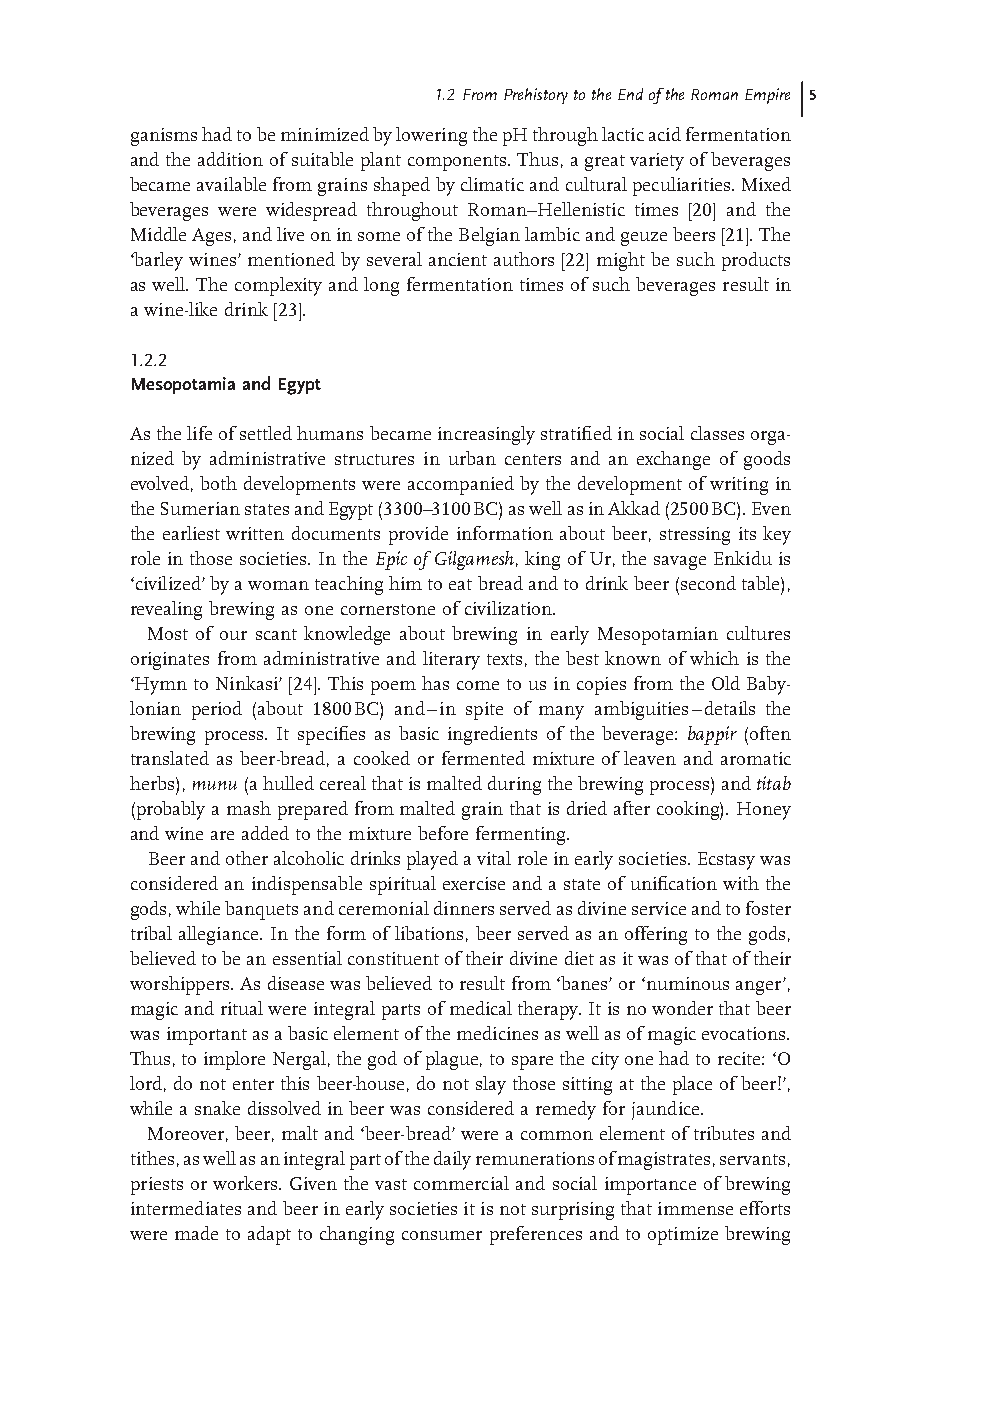
1.2 From Prehistory to the End of the Roman Empire 5
 ganisms had to be minimized by lowering the pH through lactic acid fermentation
 and the addition of suitable plant components. Thus, a great variety of beverages
 became available from grains shaped by climatic and cultural peculiarities. Mixed
 beverages were widespread throughout Roman– Hellenistic times [20] and the
 Middle Ages, and live on in some of the Belgian lambic and geuze beers [ 21] . The
 ‘ barley wines’ mentioned by several ancient authors [ 22] might be such products
 as well. The complexity and long fermentation times of such beverages result in
 a wine - like drink [23] .
 1.2.2
 Mesopotamia and Egypt
 As the life of settled humans became increasingly stratifi ed in social classes orga-
 nized by administrative structures in urban centers and an exchange of goods
 evolved, both developments were accompanied by the development of writing in
 the Sumerian states and Egypt (3300 – 3100 BC) as well as in Akkad (2500 BC). Even
 the earliest written documents provide information about beer, stressing its key
 role in those societies. In the E pic of Gilgamesh , king of Ur, the savage Enkidu is
 ‘ civilized ’ by a woman teaching him to eat bread and to drink beer (second table),
 revealing brewing as one cornerstone of civilization.
 Most of our scant knowledge about brewing in early Mesopotamian cultures
 originates from administrative and literary texts, the best known of which is the
 ‘ Hymn to Ninkasi’ [24] . This poem has come to us in copies from the Old Baby-
 lonian period (about 1800 BC) and – in spite of many ambiguities – details the
 brewing process. It specifi es as basic ingredients of the beverage: b appir (often
 translated as beer - bread, a cooked or fermented mixture of leaven and aromatic
 herbs), munu (a hulled cereal that is malted during the brewing process) and t itab
 (probably a mash prepared from malted grain that is dried after cooking). Honey
 and wine are added to the mixture before fermenting.
 Beer and other alcoholic drinks played a vital role in early societies. Ecstasy was
 considered an indispensable spiritual exercise and a state of unifi cation with the
 gods, while banquets and ceremonial dinners served as divine service and to foster
 tribal allegiance. In the form of libations, beer served as an offering to the gods,
 believed to be an essential constituent of their divine diet as it was of that of their
 worshippers. As disease was believed to result from ‘ banes ’ or ‘ numinous anger ’ ,
 magic and ritual were integral parts of medical therapy. It is no wonder that beer
 was important as a basic element of the medicines as well as of magic evocations.
 Thus, to implore Nergal, the god of plague, to spare the city one had to recite: ‘ O
 lord, do not enter this beer - house, do not slay those sitting at the place of beer! ’ ,
 while a snake dissolved in beer was considered a remedy for jaundice.
 Moreover, beer, malt and ‘ beer - bread ’ were a common element of tributes and
 tithes, as well as an integral part of the daily remunerations of magistrates, servants,
 priests or workers. Given the vast commercial and social importance of brewing
 intermediates and beer in early societies it is not surprising that immense efforts
 were made to adapt to changing consumer preferences and to optimize brewing